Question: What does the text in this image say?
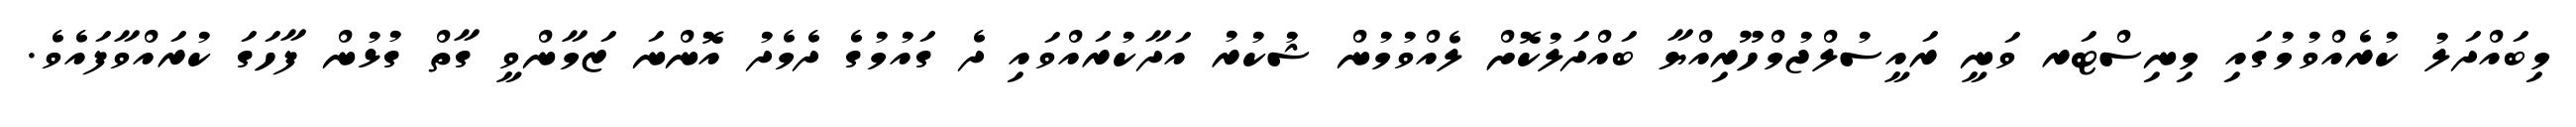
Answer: މިބައްދަލު ކުރެއްވުމުގައި މިނިސްޓަރ ވަނީ ރައީސުލްޖުމްހޫރިއްޔާ ބައްދަލުކޮށް ލެއްވުމުން ޝުކުރު އަދާކުރައްވައި ދެ ގައުމުގެ ދެމެދު އޮންނަ ޒަމާންވީ ގާތް ގުޅުން ފާހަގަ ކުރައްވާފައެވެ.